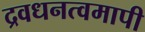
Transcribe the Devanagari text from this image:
द्रवधनत्वमापी